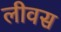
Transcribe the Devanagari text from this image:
लीवस